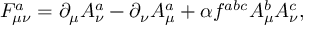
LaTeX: F _ { \mu \nu } ^ { a } = \partial _ { \mu } A _ { \nu } ^ { a } - \partial _ { \nu } A _ { \mu } ^ { a } + \alpha f ^ { a b c } A _ { \mu } ^ { b } A _ { \nu } ^ { c } ,